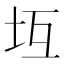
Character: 坘